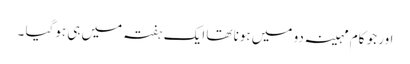
اور جو کام مہینہ دو میں ہونا تھا ایک ہفتہ میں ہی ہوگیا ۔